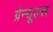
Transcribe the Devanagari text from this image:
ग्रेन्यूल्स